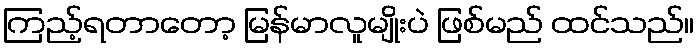
ကြည့်ရတာတော့ မြန်မာလူမျိုးပဲ ဖြစ်မည် ထင်သည်။